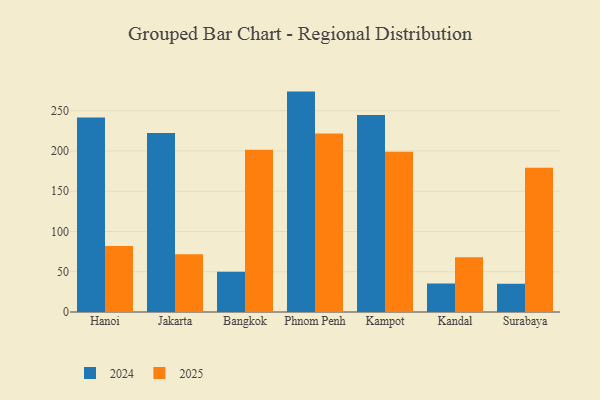
{"axis": {"x": "City", "y": "Population (Million)"}, "legend": ["2024", "2025"], "data": [{"x": "Hanoi", "y": 81.9, "type": "2025"}, {"x": "Hanoi", "y": 241.5, "type": "2024"}, {"x": "Jakarta", "y": 71.8, "type": "2025"}, {"x": "Jakarta", "y": 222.4, "type": "2024"}, {"x": "Bangkok", "y": 201.6, "type": "2025"}, {"x": "Bangkok", "y": 49.9, "type": "2024"}, {"x": "Phnom Penh", "y": 221.9, "type": "2025"}, {"x": "Phnom Penh", "y": 273.8, "type": "2024"}, {"x": "Kampot", "y": 199.2, "type": "2025"}, {"x": "Kampot", "y": 244.8, "type": "2024"}, {"x": "Kandal", "y": 68.0, "type": "2025"}, {"x": "Kandal", "y": 35.4, "type": "2024"}, {"x": "Surabaya", "y": 179.1, "type": "2025"}, {"x": "Surabaya", "y": 35.1, "type": "2024"}]}